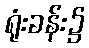
ရုံးခန်း၌